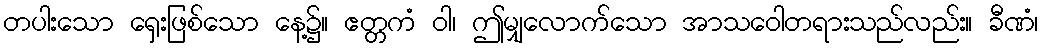
တပါးသော ရှေးဖြစ်သော နေ့၌။ ဧတ္တကံ ဝါ၊ ဤမျှလောက်သော အာသဝေါတရားသည်လည်း။ ခီဏံ၊